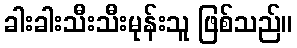
ခါးခါးသီးသီးမုန်းသူ ဖြစ်သည်။